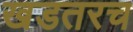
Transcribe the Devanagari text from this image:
खडतरच